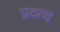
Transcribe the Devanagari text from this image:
प्रदत्य